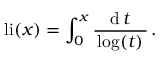
\operatorname { l i } ( x ) = \int _ { 0 } ^ { x } { \frac { \operatorname { d } t } { \, \log ( t ) \, } } \, .